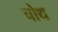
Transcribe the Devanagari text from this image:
चोथ